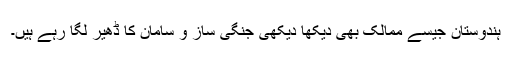
ہندوستان جیسے ممالک بھی دیکھا دیکھی جنگی ساز و سامان کا ڈھیر لگا رہے ہیں۔